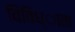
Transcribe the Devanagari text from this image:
विविध्ाता